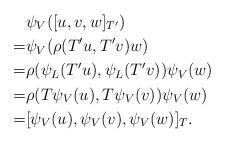
LaTeX: \begin{align*}&\psi_V([u,v,w]_{T'})\\=&\psi_V(\rho(T'u,T'v)w)\\=&\rho(\psi_L(T'u),\psi_L(T'v))\psi_V(w)\\=&\rho(T\psi_V(u),T\psi_V(v))\psi_V(w)\\=&[\psi_V(u),\psi_V(v),\psi_V(w)]_T.\end{align*}